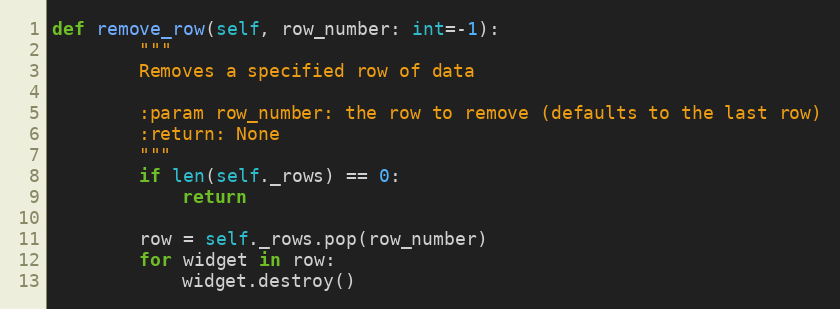
Language: Python
def remove_row(self, row_number: int=-1):
        """
        Removes a specified row of data

        :param row_number: the row to remove (defaults to the last row)
        :return: None
        """
        if len(self._rows) == 0:
            return

        row = self._rows.pop(row_number)
        for widget in row:
            widget.destroy()